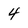
Character: 4